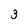
Character: 3